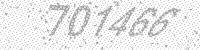
Solution: 701466